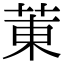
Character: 菄